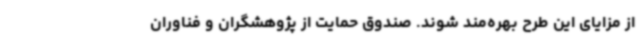
از مزایای این طرح بهره‌مند شوند. صندوق حمایت از پژوهشگران و فناوران